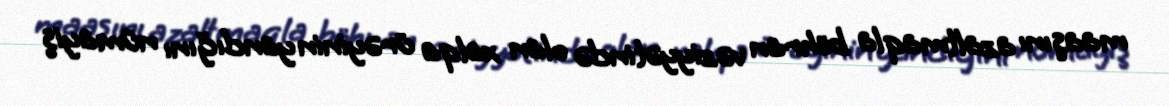
maaşını azaltmaqla böhran vəziyyətində olan xalqa ürəyinin yandığını nümayiş